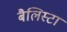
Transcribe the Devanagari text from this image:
बैलिस्टा